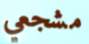
مشجعي